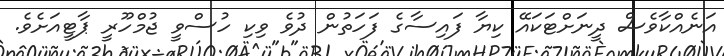
އަނެއްކާވެސް ދީނަށްޓަކައޭ ކިޔާ ފައިސާގެ ފަހަތުން ދުވެ ވިކި ހުސްވީ ޖުމްހޫރީ ޕާޓީއަށެވެ.